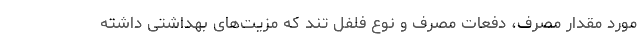
مورد مقدار مصرف، دفعات مصرف و نوع فلفل تند که مزیت‌های بهداشتی داشته